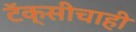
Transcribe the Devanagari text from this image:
टॅक्सीचाही